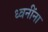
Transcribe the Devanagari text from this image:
ध्वनींना